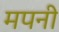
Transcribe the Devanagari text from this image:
मपनी